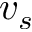
v _ { s }